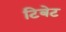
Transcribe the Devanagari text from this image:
टिबेट